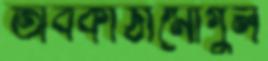
অবকাঠামোগুল